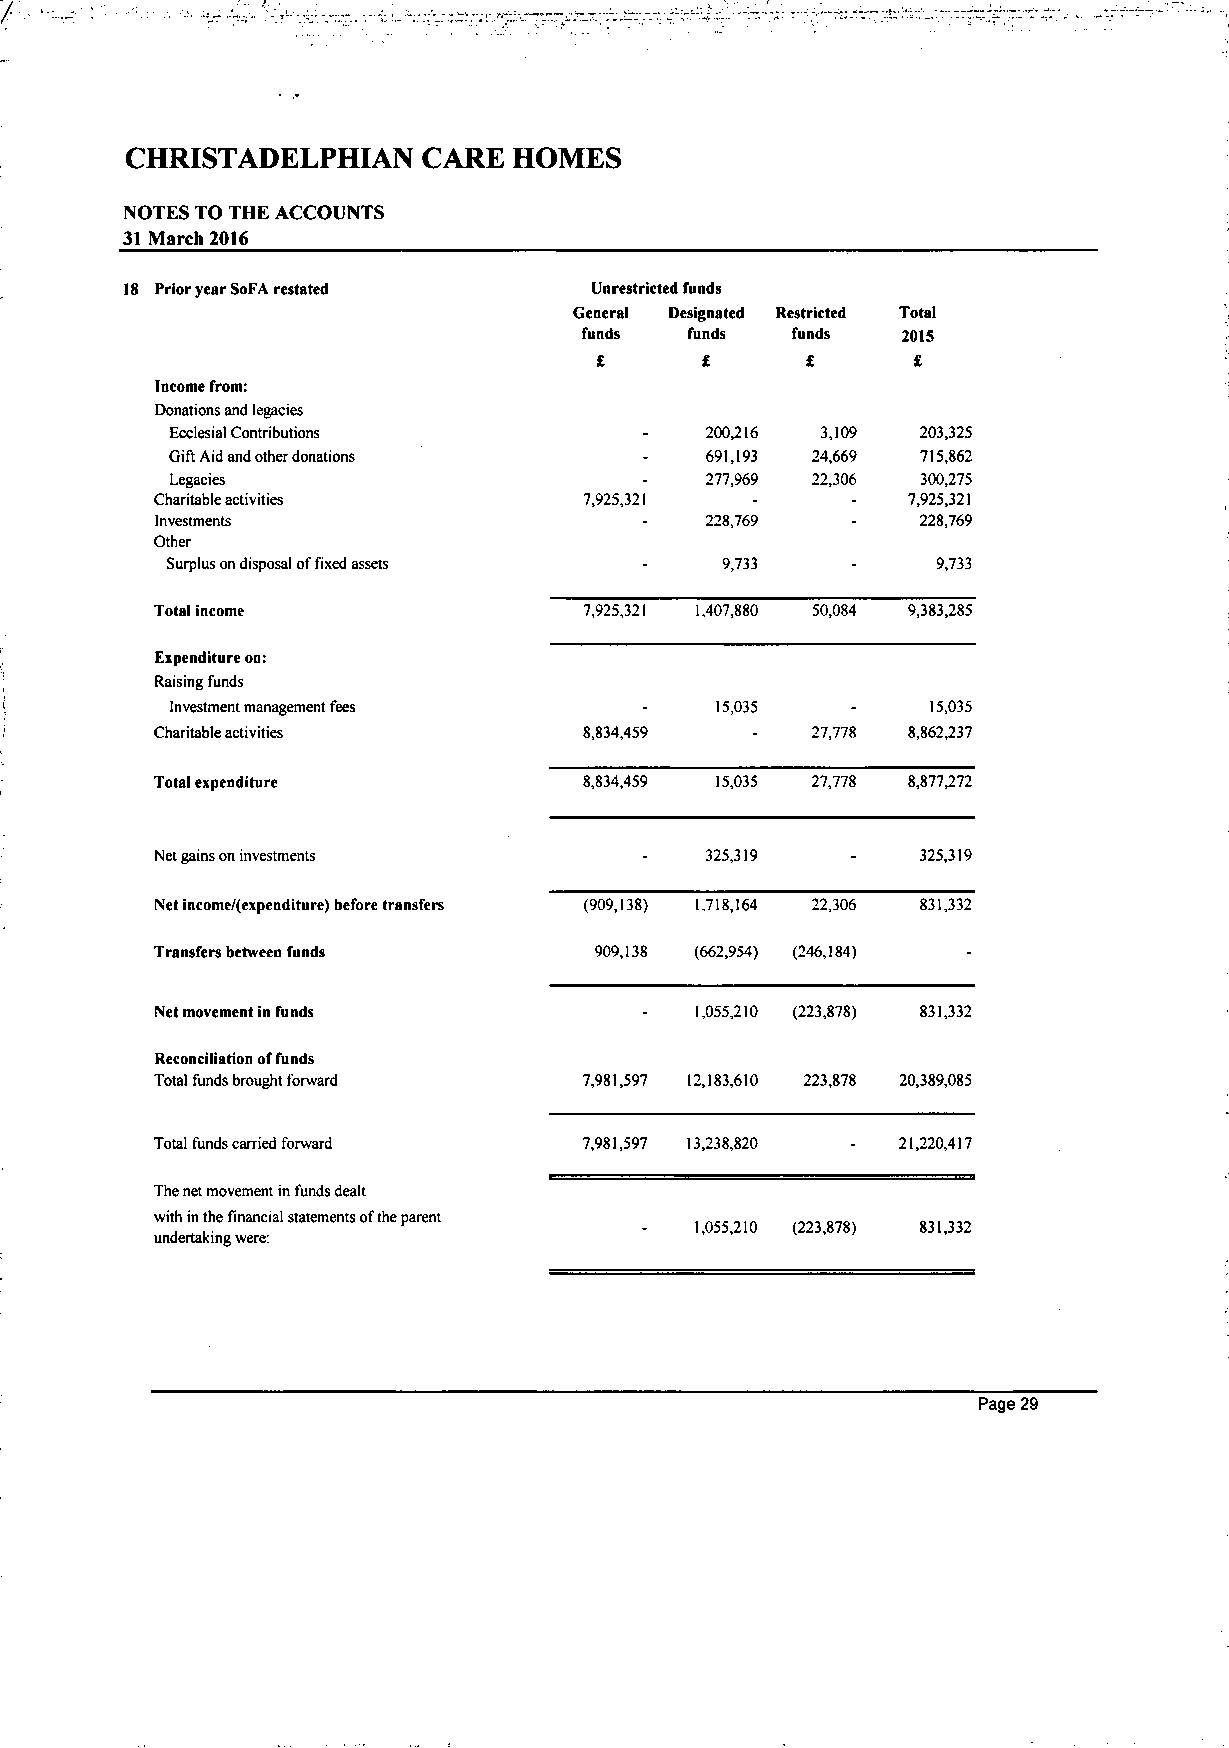
CHRISTADELPHIAN     CARE  HOMES
 NOTES TO THE ACCOUNTS
 31 IVlarch 2016
 18 Prior year SoFA restated    Unrestricted funds
 General Designated Restricted Total
 funds  funds  funds   2015
 £      £      £      £
 Income from:
 Donations and legacies
 Ecclesial Contributions         -   200,216 3,109 203,325
 Gift Aid and other donations    -   691,193 24,669 715,862
 Legacies                        -   277,969 22,306 300,275
 Charitable activities        7,925,321  -     -   7,925,321
 Investments                      -   228,769  -    228,769
 Other
 Surplus on disposal of fixed assets - 9,733  -     9,733
 Total income                 7,925,321 1,407,880 50,084 9,383,285
 Expenditure on:
 Raising funds
 Investment management fees      -   15,035   -     15,035
 Charitable activities        8,834,459  -   27,778 8,862,237
 Total expenditure            8,834,459 15,035 27,778 8,877,272
 Net gains on investments         -   325,319  -    325,319
 Net income/(expcnditure) before transfers (909,138) 1,718,164 22,306 831,332
 Transfers between funds      909,138 (662,954) (246,184) -
 Net movement in funds            -  1,055,210 (223,878) 831,332
 Reconciliation of funds
 Total funds brought forward  7,981,597 12,183,610 223,878 20,389,085
 Total funds carried forward  7,981,597 13,238,820 - 21,220,417
 The net movement in funds dealt
 with in the financial statements of the parent
 -   1,055,210 (223,878) 831,332
 undertaking were:
 Page 29